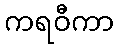
ကရဝီကာ